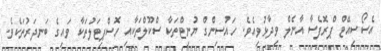
އެސޯސިއޭޓް ޕްރޮފެސާ އާނެލް ވިދާޅުވިއެވެ. ހައުސިންގް ޔުނިޓްތަކާ ސްކޫލްތަކާއި ހޮސްޕިޓަލުތަކާ ވައިގެ ބަނދަރުތަކެވެ.